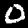
Digit: 0